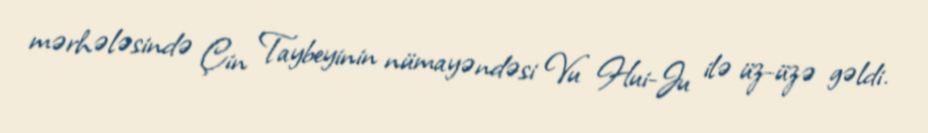
mərhələsində Çin Taybeyinin nümayəndəsi Vu Hui-Ju ilə üz-üzə gəldi.